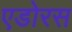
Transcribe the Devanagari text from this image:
एडोरस